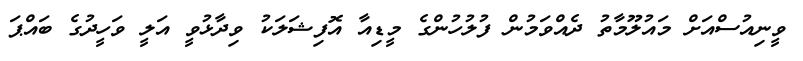
ވީނިއުސްއަށް މައުލޫމާތު ދެއްވަމުން ފުލުހުންގެ މީޑިއާ އޮފިޝަލަކު ވިދާޅުވީ އަލީ ވަހީދުގެ ބައްޕަ